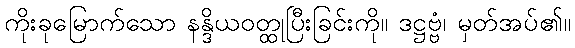
ကိုးခုမြောက်သော နန္ဒိယဝတ္ထုပြီးခြင်းကို။ ဒဋ္ဌဗ္ဗံ၊ မှတ်အပ်၏။